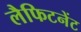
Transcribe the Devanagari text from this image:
लैफिटनेंट